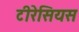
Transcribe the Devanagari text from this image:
टीरेसियस